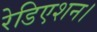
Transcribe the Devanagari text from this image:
रेडिएशन।